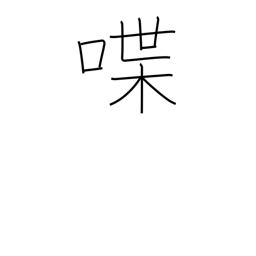
Meaning: talk